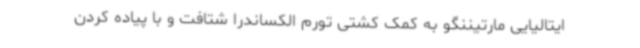
ایتالیایی مارتیننگو به کمک کشتی تورم الکساندرا شتافت و با پیاده کردن